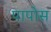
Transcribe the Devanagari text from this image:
पापोस़